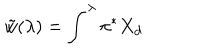
LaTeX: \tilde { w } ( \lambda ) = \int ^ { \lambda } \pi ^ { * } X _ { d }